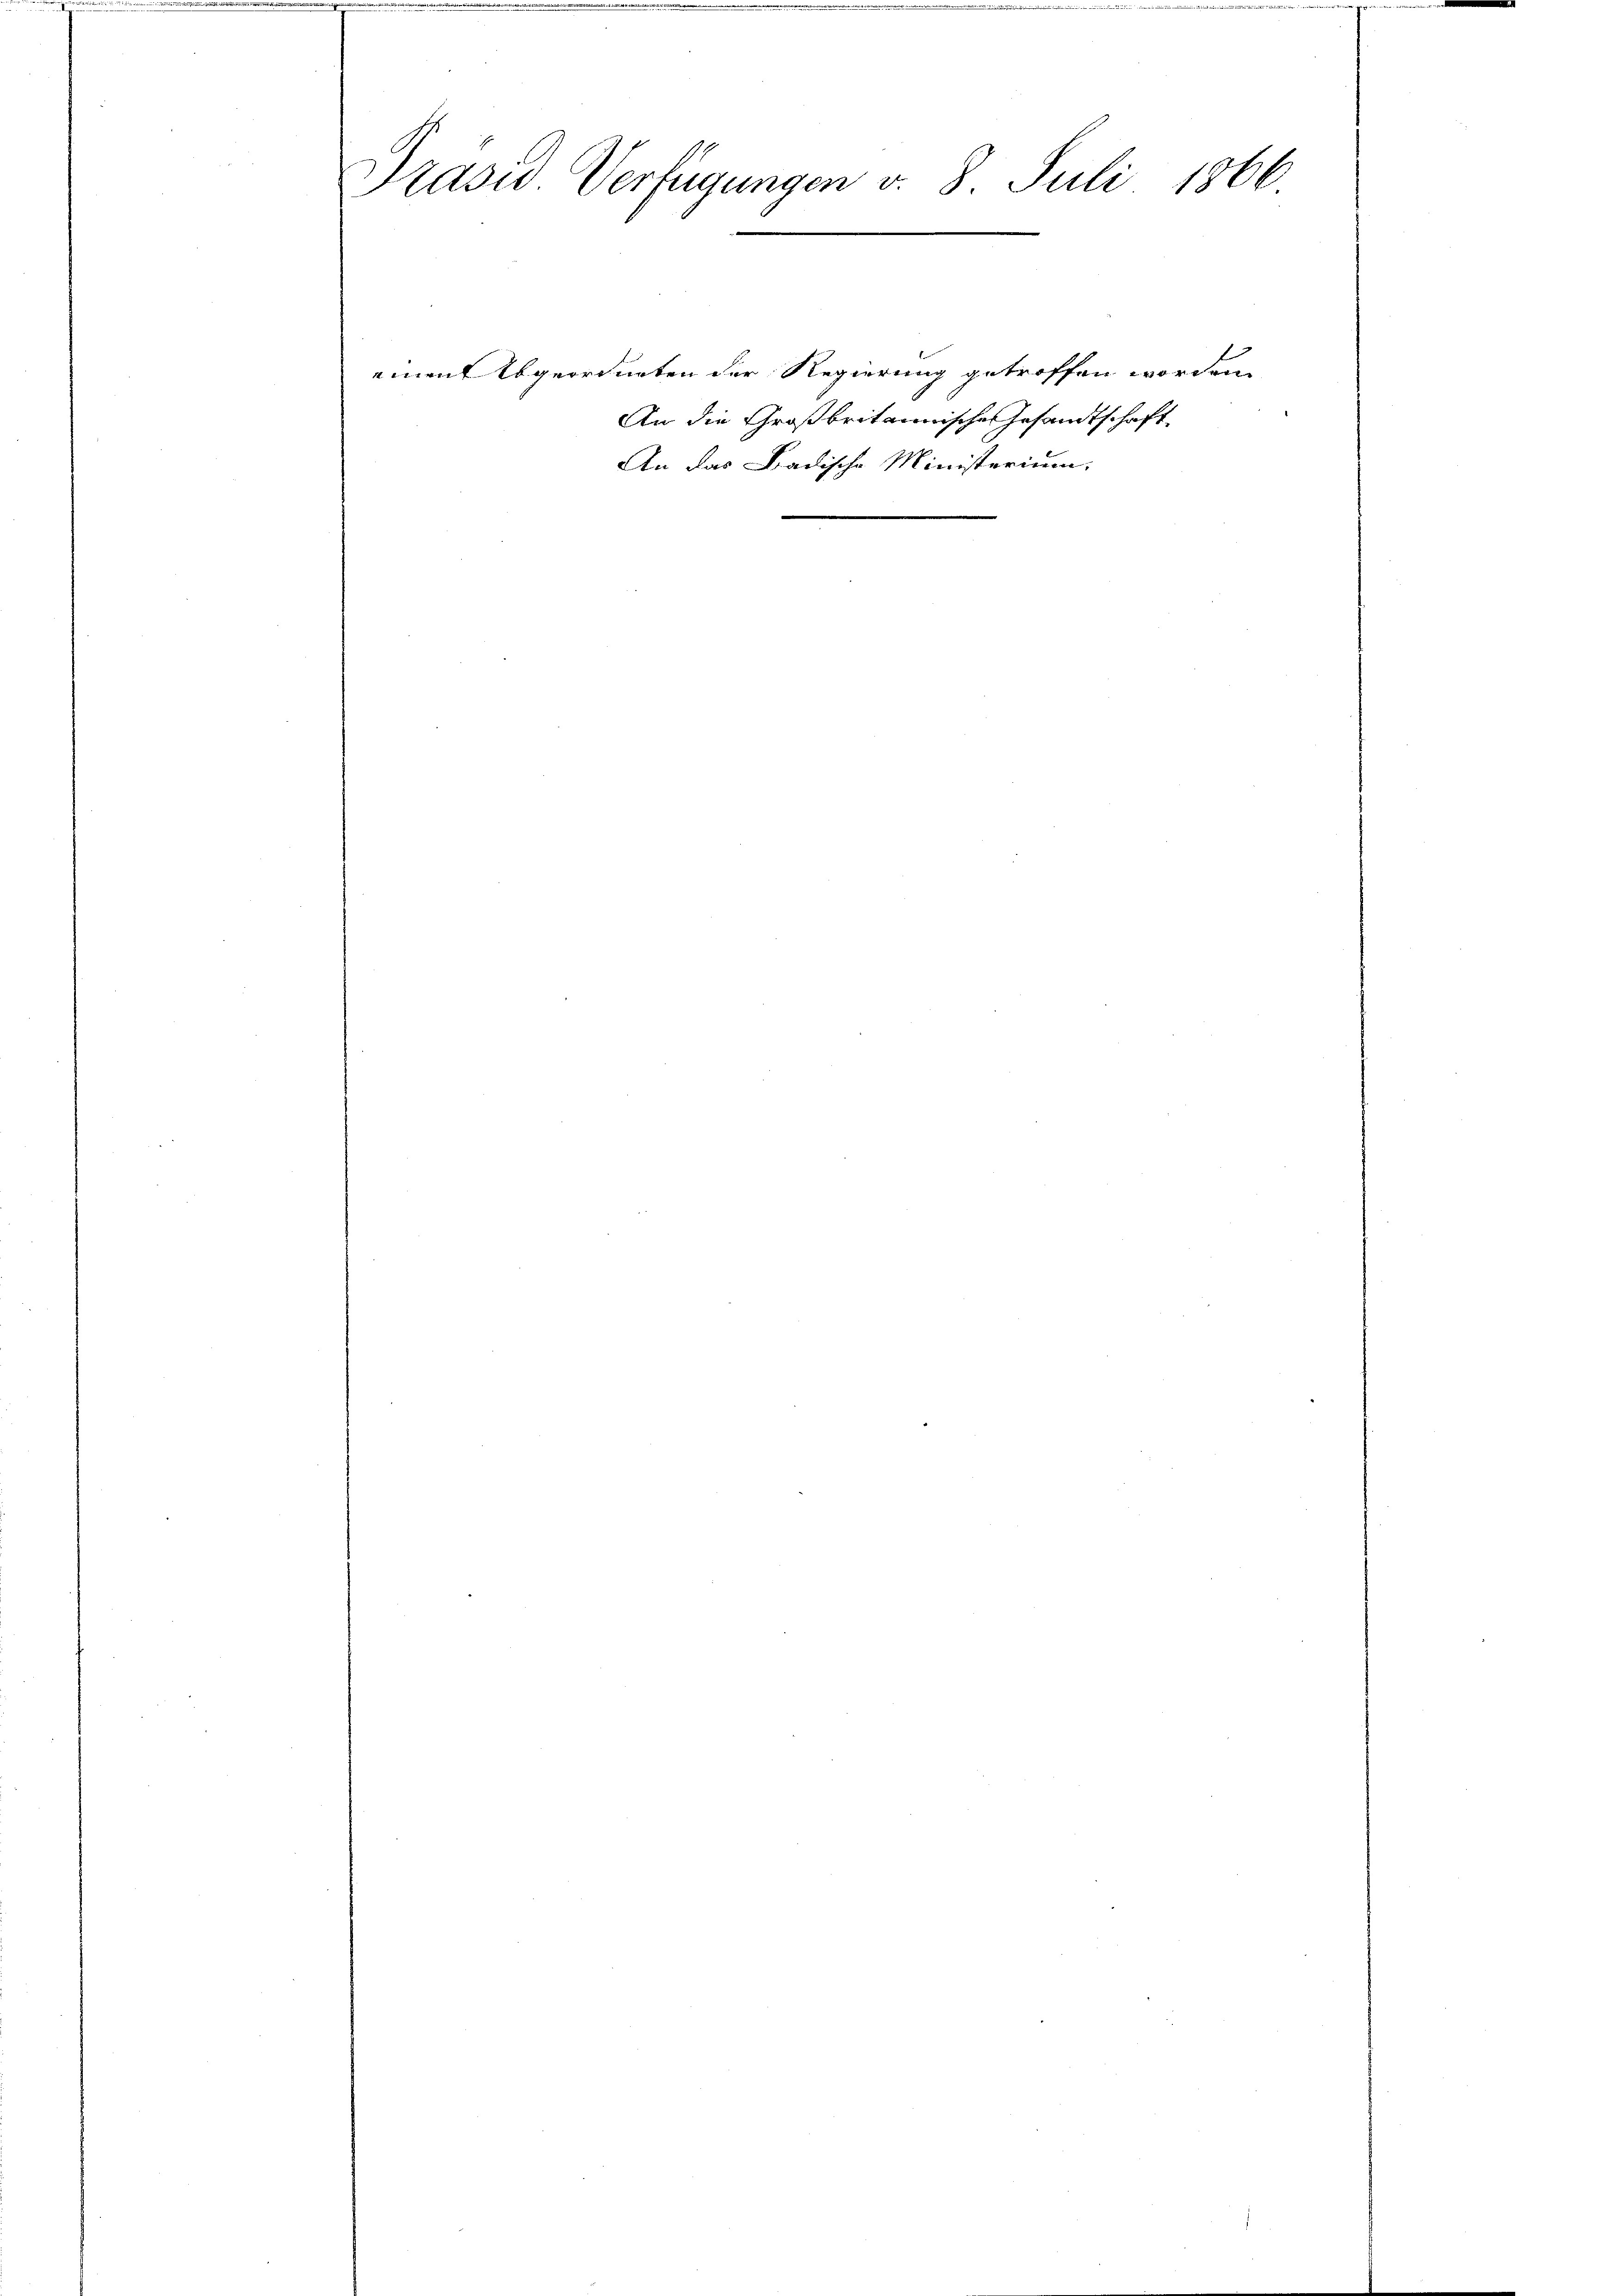
Präsid. Verfügungen v. 8. Juli 1866
.

einen Abgeordneten der Regierung getroffen worden,
An die Großbritannische Gesandtschaft
An das Badische Ministerium.